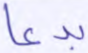
بدعا